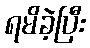
ရမိခဲ့ပြီး